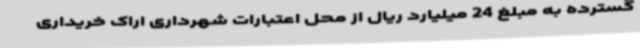
گسترده به مبلغ 24 میلیارد ریال از محل اعتبارات شهرداری اراک خریداری